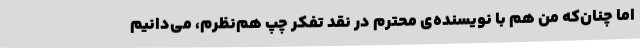
اما چنان‌که من هم با نویسنده‌ی محترم در نقد تفکر چپ هم‌نظرم، می‌دانیم